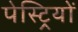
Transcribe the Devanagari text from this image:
पेस्ट्रियों